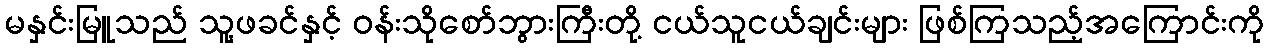
မနှင်းမြူသည် သူ့ဖခင်နှင့် ဝန်းသိုစော်ဘွားကြီးတို့ ငယ်သူငယ်ချင်းများ ဖြစ်ကြသည့်အကြောင်းကို